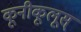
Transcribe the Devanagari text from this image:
कूनीकूलूस्